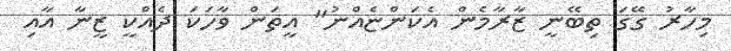
މިހާރު ގޭގަ ތިބޭނީ ޒާރާމެން އެކަންޏެއްނު" އީތަން ވާހަކަ ދެއްކީ ޒީނާ އާއި